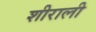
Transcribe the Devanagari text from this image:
शीराली